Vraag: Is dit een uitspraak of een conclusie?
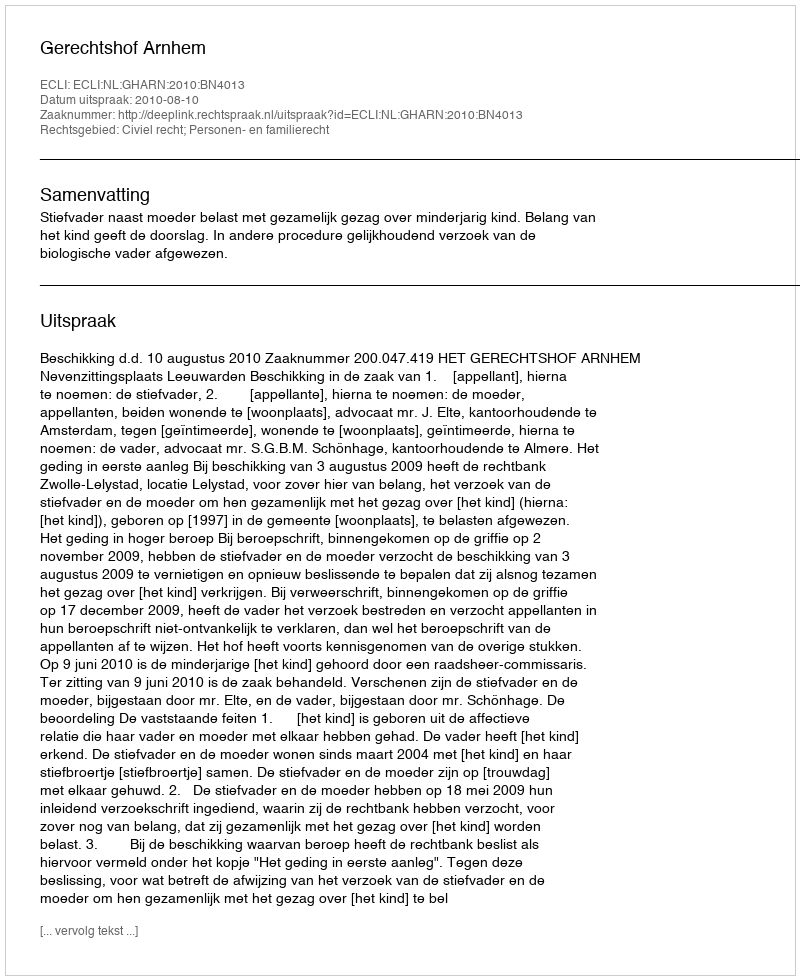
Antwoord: Uitspraak